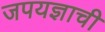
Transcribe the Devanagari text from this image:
जपयज्ञाची